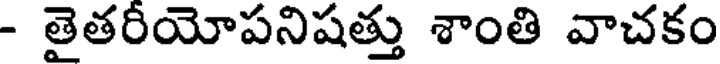
- తైతరీయోపనిషత్తు శాంతి వాచకం